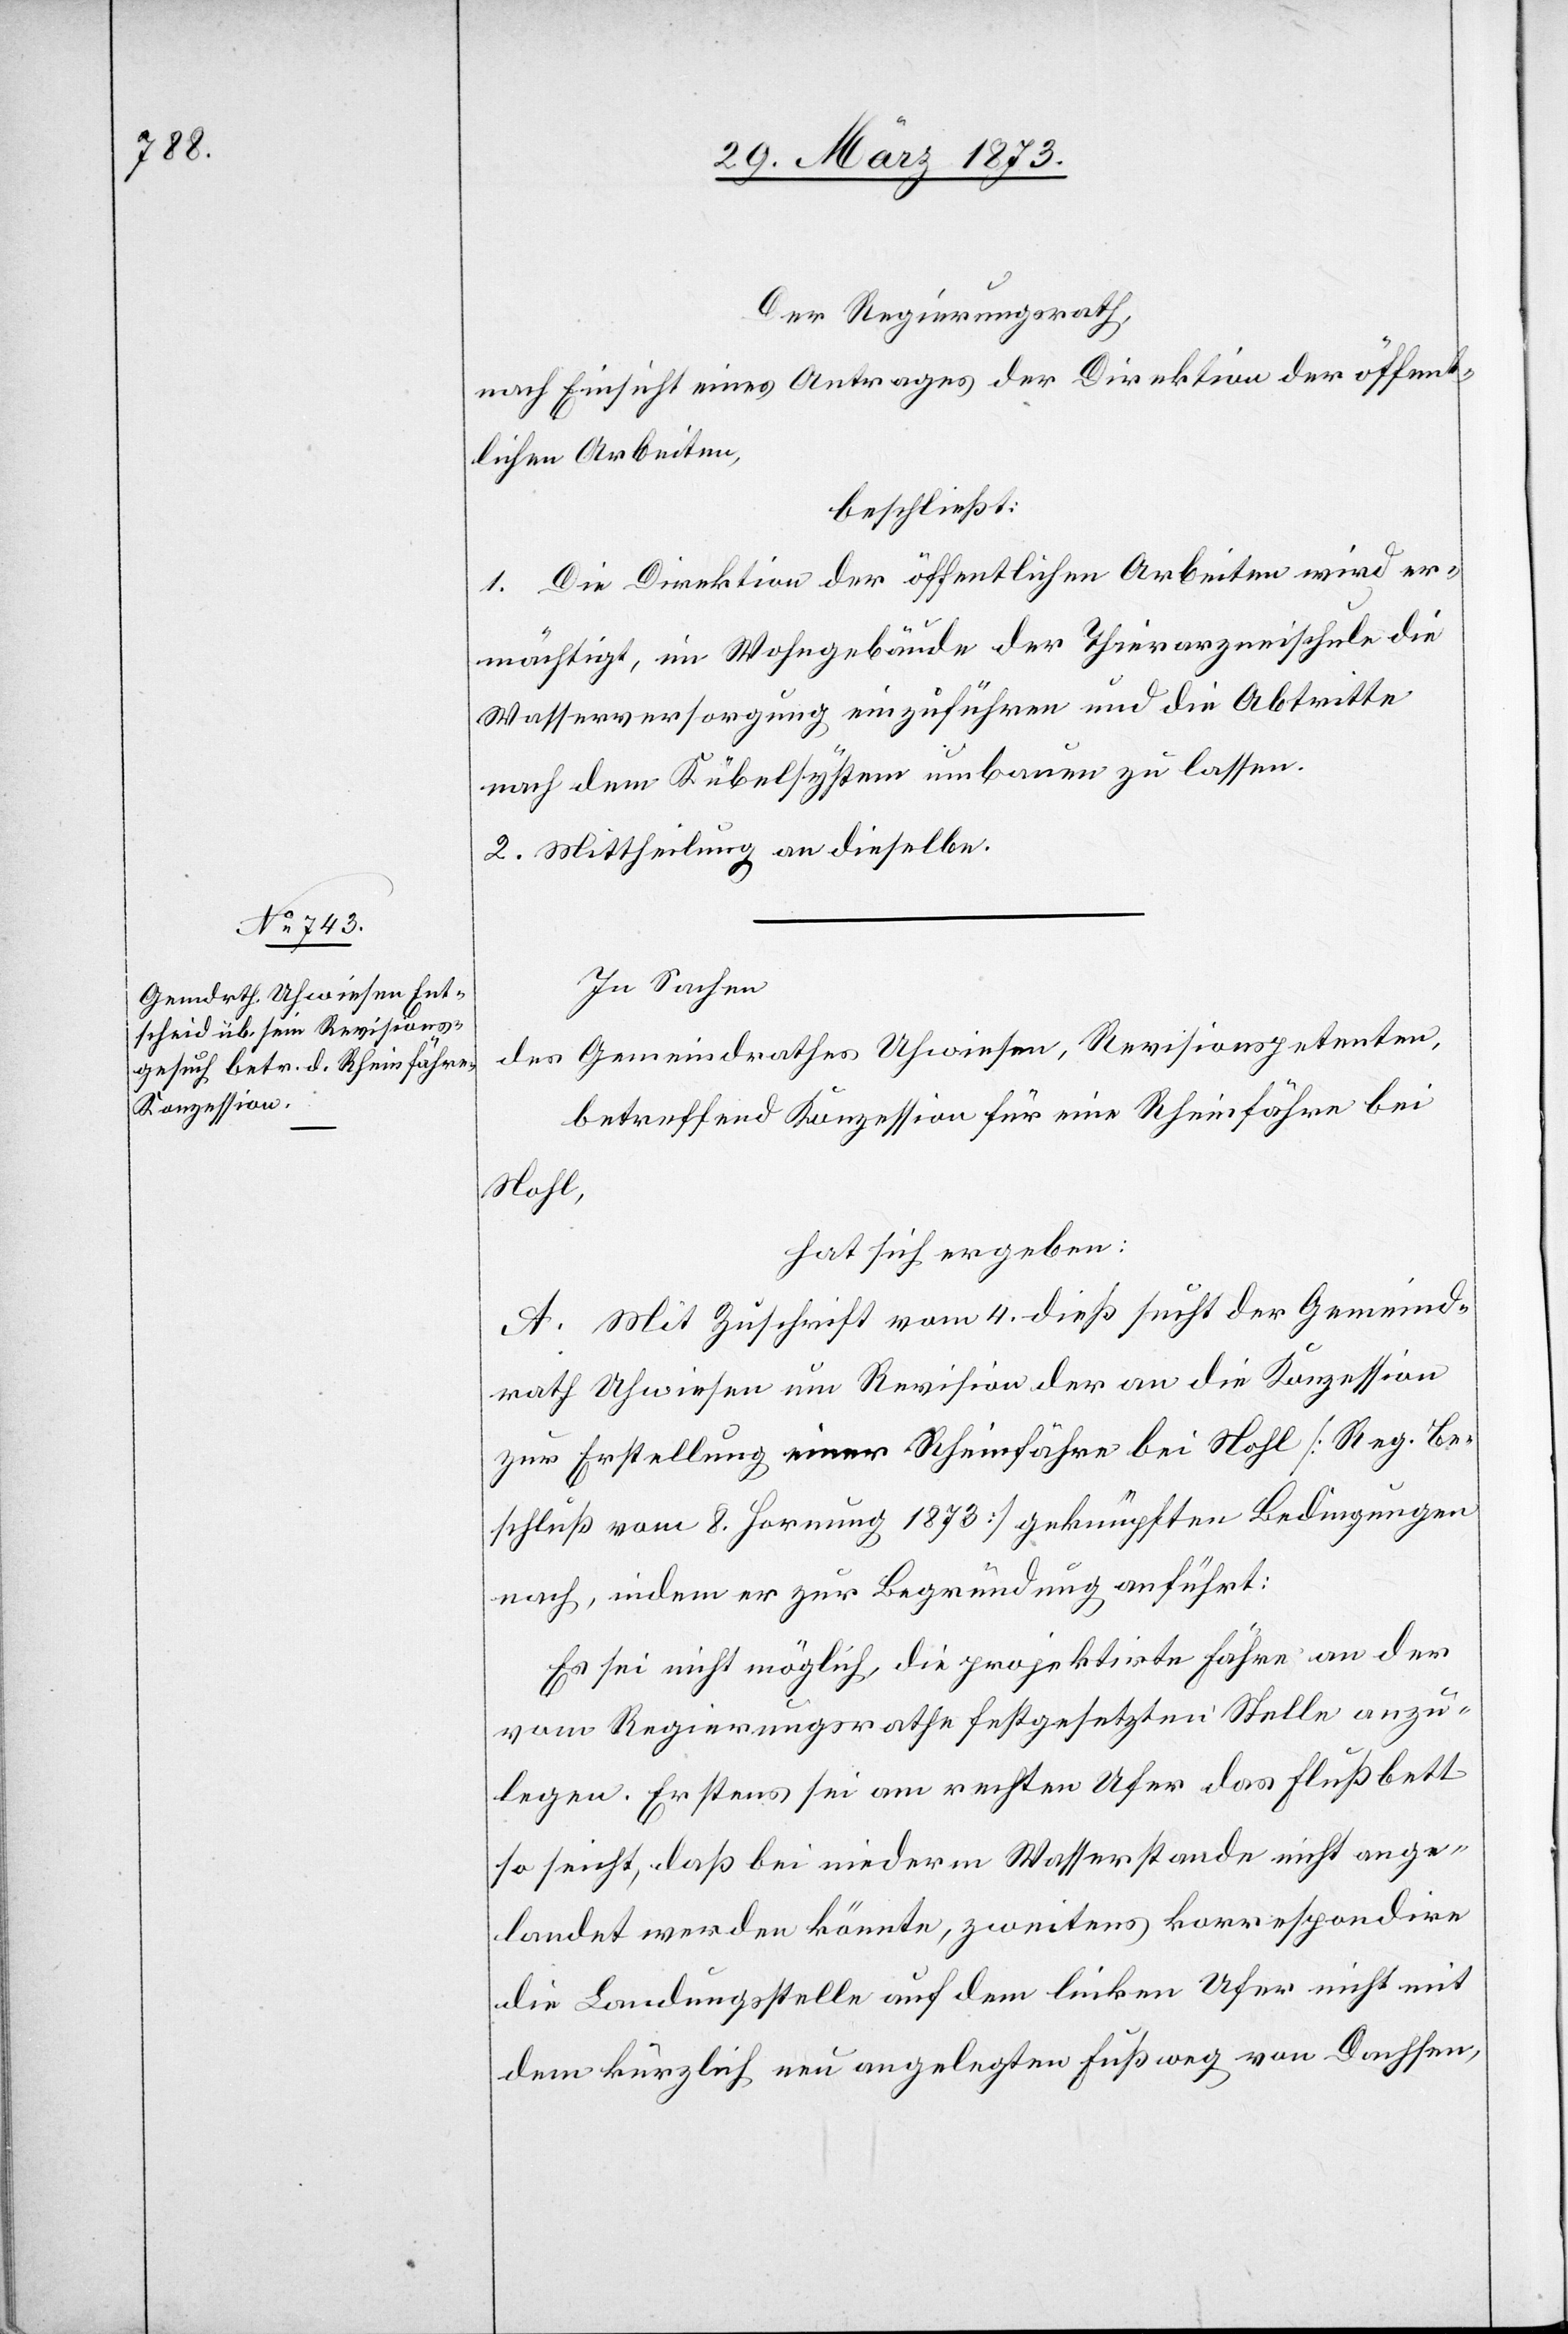
Der Regierungsrath,
nach Einsicht eines Antrages der Direktion der öffent¬
lichen Arbeiten,
beschließt:
1. Die Direktion der öffentlichen Arbeiten wird er¬
mächtigt, im Wohngebäude der Thierarzneischule die
Wasserversorgung einzuführen und die Abtritte
nach dem Kübelsystem umbauen zu lassen.
2. Mittheilung an dieselbe.
In Sachen
des Gemeindrathes Uhwiesen, Revisionspetenten,
betreffend Konzession für eine Rheinfähre bei
Nohl,
hat sich ergeben:
A. Mit Zuschrift vom 4. dieß sucht der Gemeind¬
rath Uhwiesen um Revision der an die Konzession
zur Erstellung einer Rheinfähre bei Nohl [Reg. be¬
schluß vom 8. Hornung 1873] geknüpften Bedingungen
nach, indem er zur Begründung anführt:
Es sei nicht möglich, die projektirte Fähre an der
vom Regierungsrathe festgesetzten Stelle anzu¬
legen. Erstens sei am ersten Ufer das Flußbett
so seicht, daß bei niederm Wasserstande nicht ange¬
landet werden könnte, zweitens korrespondire
die Landungsstelle auf dem linken Ufer nicht mit
dem kürzlich neu angelegten Fußweg von Dachsen,